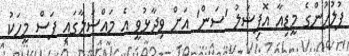
ފުލުހުންގެ މީޑިއާ އޮފިޝަލު 'ސަން' އަށް ވިދާޅުވީ އެ މައްސަލާގައި ފަސް މީހަކު